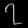
Digit: ၇